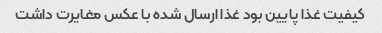
کیفیت غذا پایین بود غذا ارسال شده با عکس مغایرت داشت